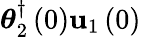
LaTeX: \boldsymbol{\theta}_{2}^{\dagger}\left(0\right){\mathbf u}_{1}\left(0\right)